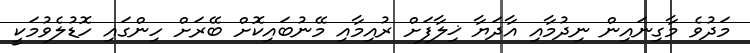
މަދުވެ މާގިނައިން ނިދުމާއި އާދަޔާ ޚިލާފަށް ރުއިމާއި މޭނުބައިކޮށް ބޭރަށް ހިންގައި ހޮޑުލެވުމަކީ